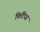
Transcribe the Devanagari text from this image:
फिटिंग्ज